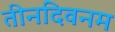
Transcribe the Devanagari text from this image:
तीनदिवनम